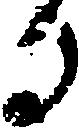
る